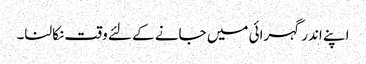
اپنے اندر گہرائی میں جانے کے لئے وقت نکالنا۔